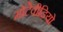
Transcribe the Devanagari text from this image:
मोटेवीडियो